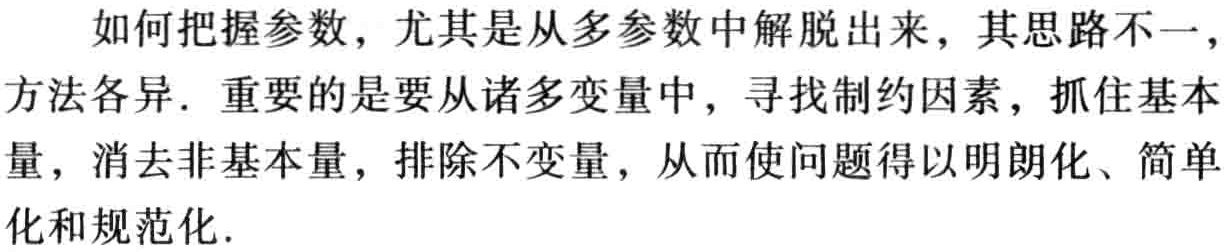
如何把握参数，尤其是从多参数中解脱出来，其思路不一，方法各异. 重要的是要从诸多变量中，寻找制约因素，抓住基本量，消去非基本量，排除不变量，从而使问题得以明朗化、简单化和规范化.